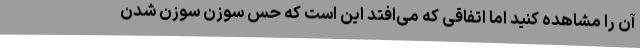
آن را مشاهده کنید اما اتفاقی که می‌افتد این است که حس سوزن سوزن شدن